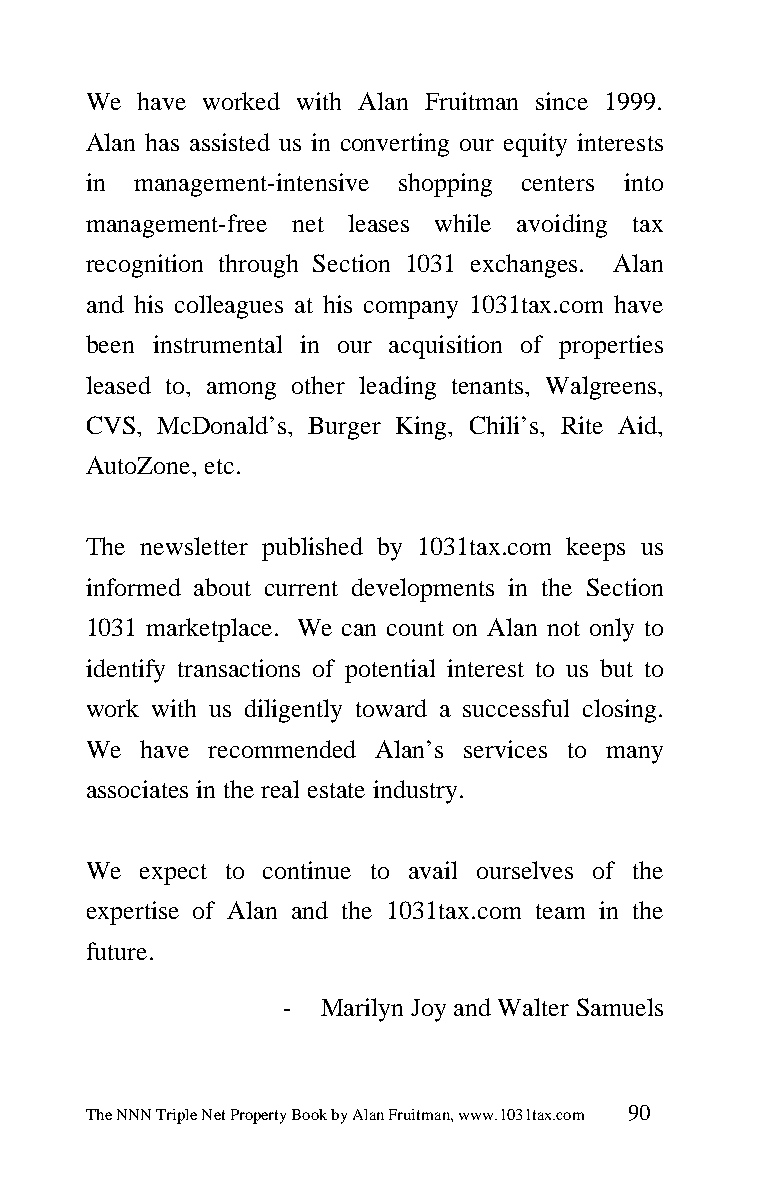
We  have worked with Alan Fruitman since 1999.
 Alan has assisted us in converting our equity interests
 in management-intensive shopping centers into
 management-free net leases while avoiding tax
 recognition through Section 1031 exchanges. Alan
 and his colleagues at his company 1031tax.com have
 been instrumental in our acquisition of properties
 leased to, among other leading tenants, Walgreens,
 CVS, McDonald’s, Burger King, Chili’s, Rite Aid,
 AutoZone, etc.
 The newsletter published by 1031tax.com keeps us
 informed about current developments in the Section
 1031 marketplace. We can count on Alan not only to
 identify transactions of potential interest to us but to
 work with us diligently toward a successful closing.
 We  have recommended Alan’s services to many
 associates in the real estate industry.
 We  expect to continue to avail ourselves of the
 expertise of Alan and the 1031tax.com team in the
 future.
 -  Marilyn Joy and Walter Samuels
 The NNN Triple Net Property Book by Alan Fruitman, www.1031tax.com 90